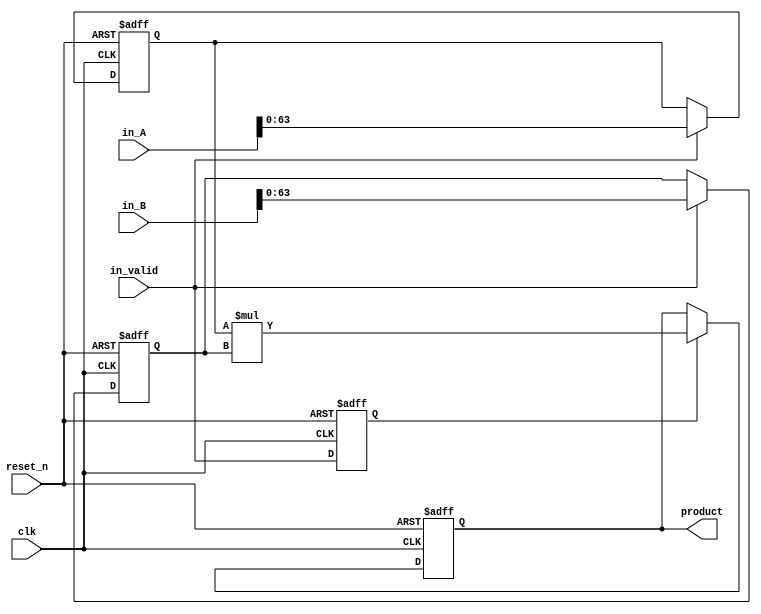
module multiplier (
	clk,
	reset_n,
	in_A,
	in_B,
	in_valid,
	product
	);

// 2 means multiply between registers
// 3 means two clock multicycle path for multiply
// 4 means three clock multicycle path for multiply
parameter MULTIPLIER_DELAY = 2;

initial begin
	$display("MULTIPLIER_DELAY == %0d", MULTIPLIER_DELAY);
	if (MULTIPLIER_DELAY < 1 || MULTIPLIER_DELAY > 3) begin
		$display("*** MULTIPLIER_DELAY misconfigured! ****");
		$stop;
	end
end

input clk;
input reset_n;
input [127:0] in_A, in_B;
input in_valid;
output [127:0] product;

reg [127:0] product_reg;

reg [MULTIPLIER_DELAY-2:0] VALID;
reg [63:0] A, B;

wire [127:0] AB = A * B;
wire [127:0] AB0 = in_A[63:0] * in_B[63:0];
assign product = MULTIPLIER_DELAY == 0 ? AB0 :  MULTIPLIER_DELAY == 1 ? AB : product_reg;

function [127:0] mac;
input [63:0] a;
input [31:0] b;
input [127:0] c;
begin
	mac = c >> 32;
	mac[127:32] = mac[127:32] + a * b ;
end
endfunction

always @(posedge clk or negedge reset_n) begin
	if (!reset_n) begin
		product_reg <= 0;
		A <= 0;
		B <= 0;
		VALID <= 0;
	end else begin
		if (MULTIPLIER_DELAY==1);
		else if (VALID[MULTIPLIER_DELAY-2]) // Multicycle
			product_reg <= AB;
		if (in_valid) begin
			A <= in_A;
			B <= in_B;
		end
		VALID <= {VALID, in_valid};
	end
end

endmodule // multiplier